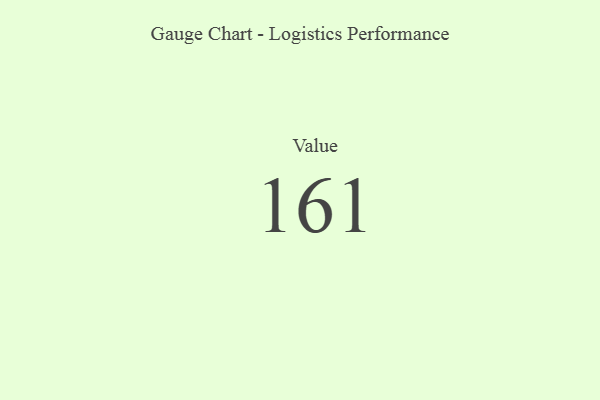
{"axis": {"x": "Metric", "y": "Value"}, "legend": [""], "data": [{"x": "Value", "y": 161, "type": ""}]}